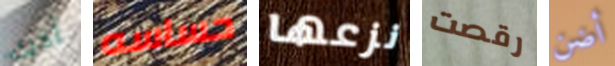
أخرى حساسه نزعها رقصت أضن